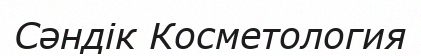
Сәндік Косметология